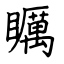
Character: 矋